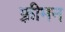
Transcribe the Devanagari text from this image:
फ़्रीमन